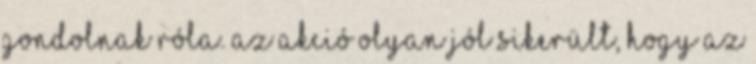
gondolnak róla. Az akció olyan jól sikerült, hogy az